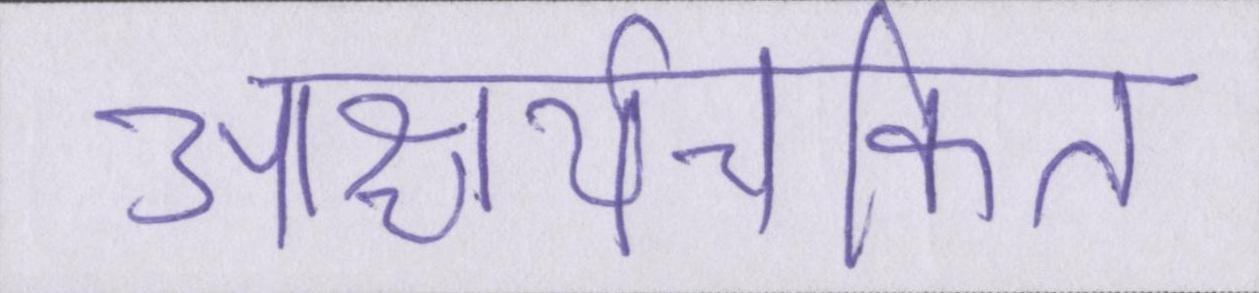
आश्चर्यचकित